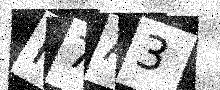
Text: P7A3